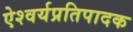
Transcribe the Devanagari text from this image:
ऐश्वर्यप्रतिपादक